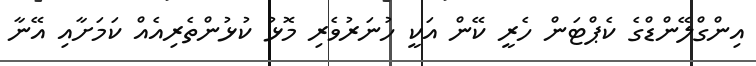
އިންގްލޭންޑްގެ ކެޕްޓަން ހެރީ ކޭން އަކީ ހުނަރުވެރި މޮޅު ކުޅުންތެރިއެއް ކަމަށާއި އޭނާ